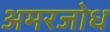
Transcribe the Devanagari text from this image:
अमरजोध